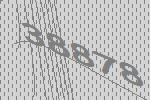
38878